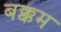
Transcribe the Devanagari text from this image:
बक्कम